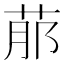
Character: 𦰢